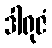
ဒါရုဇံ